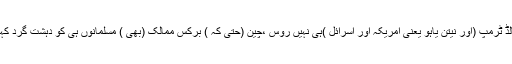
ہاں ڈونالڈ ٹرمپ (اور نیتن یاہو یعنی امریکہ اور اسرائل )ہی نہیں روس ،چین (حتیٰ کہ ) برکس ممالک (بھی ) مسلمانوں ہی کو دہشت گرد کہیں گے۔